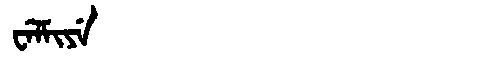
Manchu: ᠸᡝᠯᠮᡳᠶᡝ
Romanization: WELMIYE